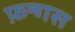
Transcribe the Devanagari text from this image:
फ़न्गस